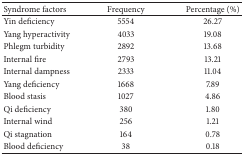
| Syndrome factors | Frequency | Percentage (%) |
 | --- | --- | --- |
 | Yin deficiency | 5554 | 26.27 |
 | Yang hyperactivity | 4033 | 19.08 |
 | Phlegm turbidity | 2892 | 13.68 |
 | Internal fire | 2793 | 13.21 |
 | Internal dampness | 2333 | 11.04 |
 | Yang deficiency | 1668 | 7.89 |
 | Blood stasis | 1027 | 4.86 |
 | Qi deficiency | 380 | 1.80 |
 | Internal wind | 256 | 1.21 |
 | Qi stagnation | 164 | 0.78 |
 | Blood deficiency | 38 | 0.18 |